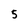
Character: 5